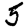
Digit: 5